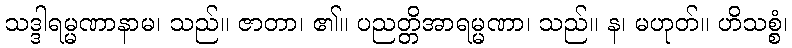
သဒ္ဒါရမ္မဏာနာမ၊ သည်။ ဇာတာ၊ ၏။ ပညတ္တိအာရမ္မဏာ၊ သည်။ န၊ မဟုတ်။ ဟိသစ္စံ၊